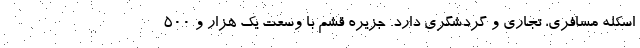
اسکله مسافری، تجاری و گردشگری دارد. جزیره قشم با وسعت یک هزار و ۵۰۰